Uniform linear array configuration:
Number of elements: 32
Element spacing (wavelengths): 0.75
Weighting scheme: hamming
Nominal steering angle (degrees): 45
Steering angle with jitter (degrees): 44.109
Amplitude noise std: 0.05
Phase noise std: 0.05

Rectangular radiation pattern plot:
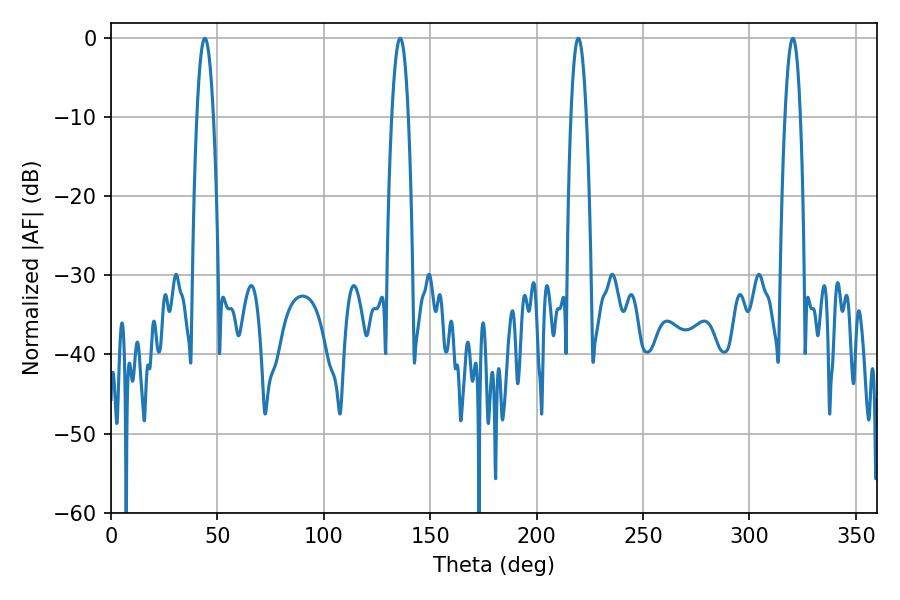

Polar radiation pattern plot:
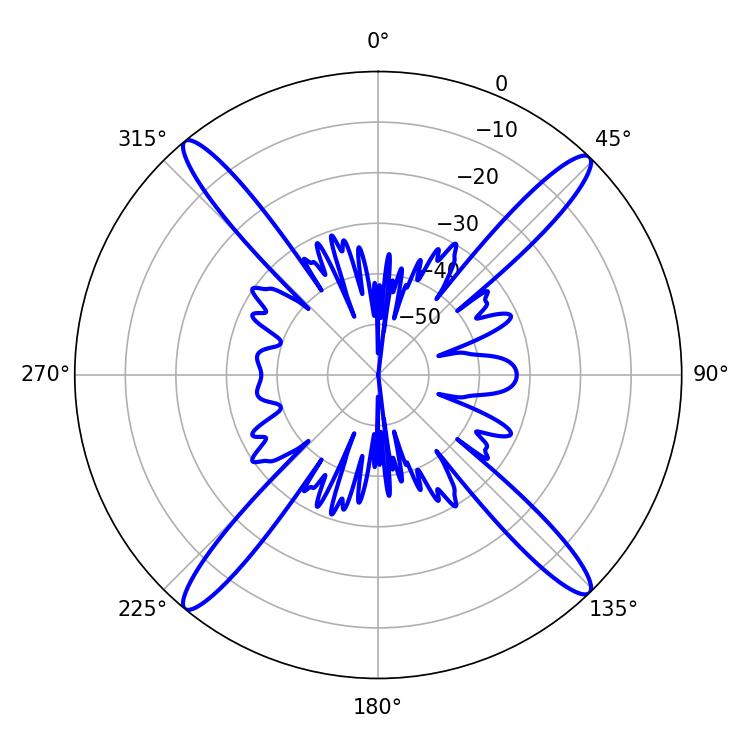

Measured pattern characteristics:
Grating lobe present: TRUE
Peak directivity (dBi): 20.844
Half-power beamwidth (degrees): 4.32
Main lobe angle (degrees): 44.1